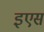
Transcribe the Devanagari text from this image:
इएस